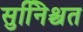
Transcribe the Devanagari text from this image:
सुनििश्चत